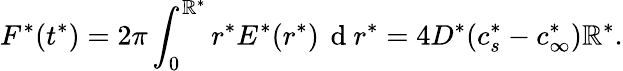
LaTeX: F^{*}(t^{*})=2\pi\int_{0}^{\mathbb{R}^{*}}r^{*}E^{*}(r^{*})\, \mathrm{{~d~}}r^{*}=4D^{*}(c_{s}^{*}-c_{\infty}^{*})\mathbb{R}^{*}.